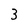
Character: 3